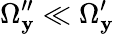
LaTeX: \Omega_{\mathbf{y}}^{\prime\prime}\ll\Omega_{\mathbf{y}}^{\prime}